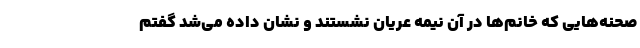
صحنه‌هایی که خانم‌ها در آن نیمه عریان نشستند و نشان داده می‌شد گفتم